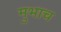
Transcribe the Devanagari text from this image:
मुभाच